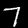
Digit: 7